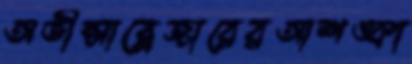
অভীপ্সাব্লেজারেরআশঙ্কা